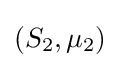
{\textstyle (S_{2},\mu _{2})}